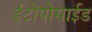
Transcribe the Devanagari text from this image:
ईटोपोसाईड